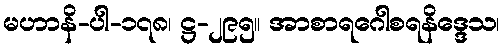
မဟာနိ-ပါ-၁၇၈၊ ဋ္ဌ-၂၉၅။ အာစာရဂေါစရနိဒ္ဒေသ၊